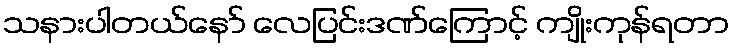
သနားပါတယ်နော် လေပြင်းဒဏ်ကြောင့် ကျိုးကုန်ရတာ